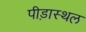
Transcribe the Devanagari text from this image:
पीड़ास्थल